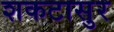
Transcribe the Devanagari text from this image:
शकटासुर